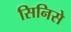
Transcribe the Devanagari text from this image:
सिनिसे